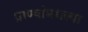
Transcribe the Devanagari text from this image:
प्राण्यांमधल्या